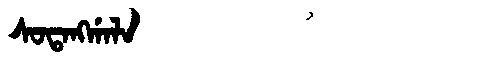
Manchu: ᠰᠣᡨᠠᠩᡤᠠᠯᠠ
Romanization: SOTANGGALA